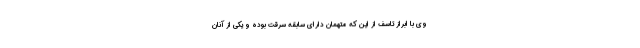
وی با ابراز تاسف از این که متهمان دارای سابقه سرقت بوده و یکی از آنان